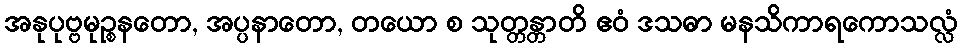
အနုပုဗ္ဗမုဉ္စနတော, အပ္ပနာတော, တယော စ သုတ္တန္တာတိ ဧဝံ ဒသဓာ မနသိကာရကောသလ္လံ